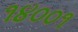
૧૪૦૦૧